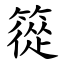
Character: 篵